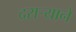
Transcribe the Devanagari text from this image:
दराऱ्याने